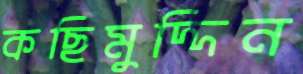
কছিমুদ্দিন